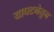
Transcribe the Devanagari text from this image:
याघटनेतुन